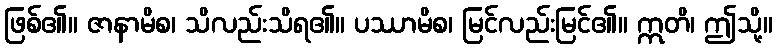
ဖြစ်၏။ ဇာနာမိစ၊ သိလည်းသိရ၏။ ပဿာမိစ၊ မြင်လည်းမြင်၏။ ဣတိ၊ ဤသို့။